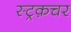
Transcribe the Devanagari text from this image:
स्ट्रक़चर